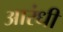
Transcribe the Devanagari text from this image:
आरंधीं